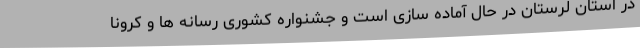
در استان لرستان در حال آماده سازی است و جشنواره کشوری رسانه ها و کرونا